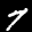
Label: 7